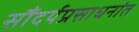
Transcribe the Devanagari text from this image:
सौंदर्यप्रसाधनांत